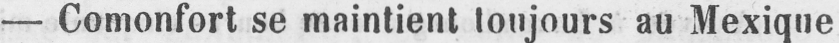
- Comonfort se maintient toujours au Mexique